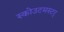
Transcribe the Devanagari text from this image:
स्कोउटमस्टर्